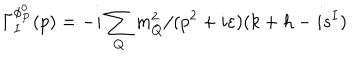
LaTeX: \Gamma _ { I } ^ { \phi _ { P } ^ { 0 } } ( p ) = - i \sum _ { Q } m _ { Q } ^ { 2 } / ( p ^ { 2 } + i \varepsilon ) ( k + h - i s ^ { I } )